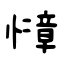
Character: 慞